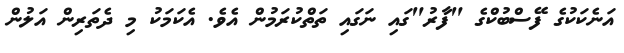
އަނެކަކުގެ ފޭސްބުކްގެ "ފާރު"ގައި ނަގައި ތަތްކުރަމުން އެވެ. އެކަމަކު މި ދެތަރިން އަލުން